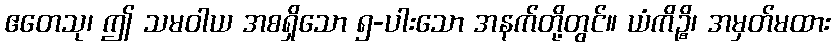
ဧတေသု၊ ဤ သမဝါယ အစရှိသော ၅-ပါးသော အနက်တို့တွင်။ ယံကိဉ္စိ၊ အမှတ်မထား